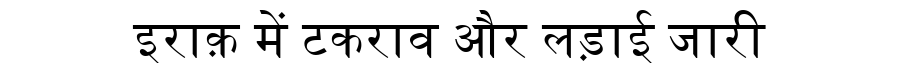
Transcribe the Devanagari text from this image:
इराक़ में टकराव और लड़ाई जारी